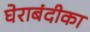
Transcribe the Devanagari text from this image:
घेराबंदीका